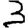
Digit: 3